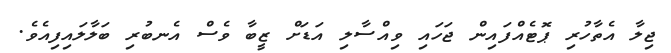
ޖިލާ އެތާހުރި ޕޮޓެއްފައިން ޖަހައި ވިއްސާލި އަޑަށް ޒީބާ ވެސް އެނބުރި ބަލާލައިފިއެވެ.